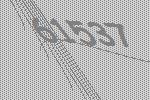
61537